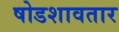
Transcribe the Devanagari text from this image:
षोडशावतार